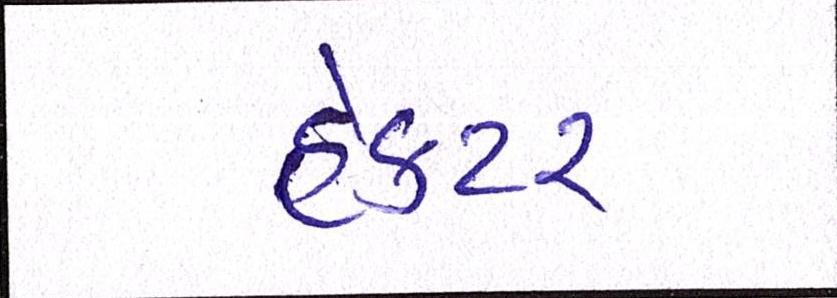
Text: હેક્ટર